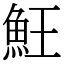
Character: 𩵭